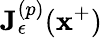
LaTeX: {\mathbf{J}_{\epsilon}^{\left(p\right)}}(\mathbf{x}^{+})